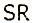
SR